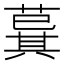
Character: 𦸆